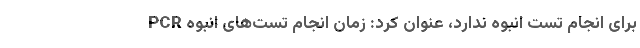
برای انجام تست انبوه ندارد، عنوان کرد: زمان انجام تست‌های انبوه PCR